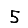
Digit: 5